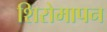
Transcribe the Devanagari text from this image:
शिरोमापन